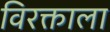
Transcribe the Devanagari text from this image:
विरक्ताला